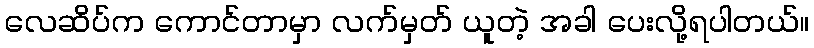
လေဆိပ်က ကောင်တာမှာ လက်မှတ် ယူတဲ့ အခါ ပေးလို့ရပါတယ်။